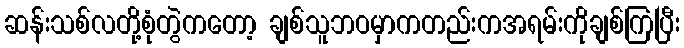
ဆန်းသစ်လတို့စုံတွဲကတော့ ချစ်သူဘဝမှာကတည်းကအရမ်းကိုချစ်ကြပြီး